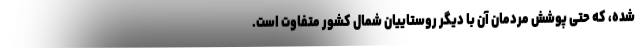
شده، که حتی پوشش مردمان آن با دیگر روستاییان شمال کشور متفاوت است.